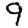
Digit: 9